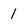
Character: l